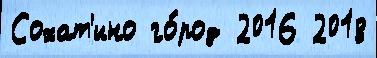
Сохат'ино го́род 2016 2018